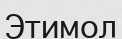
Этимол